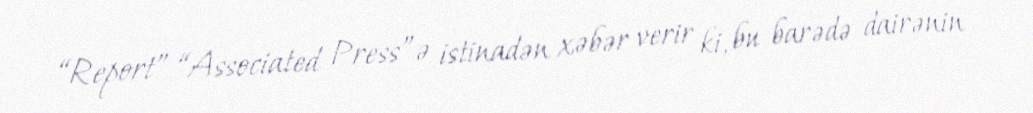
“Report” “Associated Press”ə istinadən xəbər verir ki, bu barədə dairənin